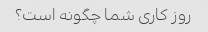
روز کاری شما چگونه است؟